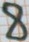
Text: 8